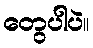
တွေပါပဲ။